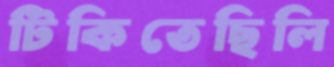
টিকিতেছিলি